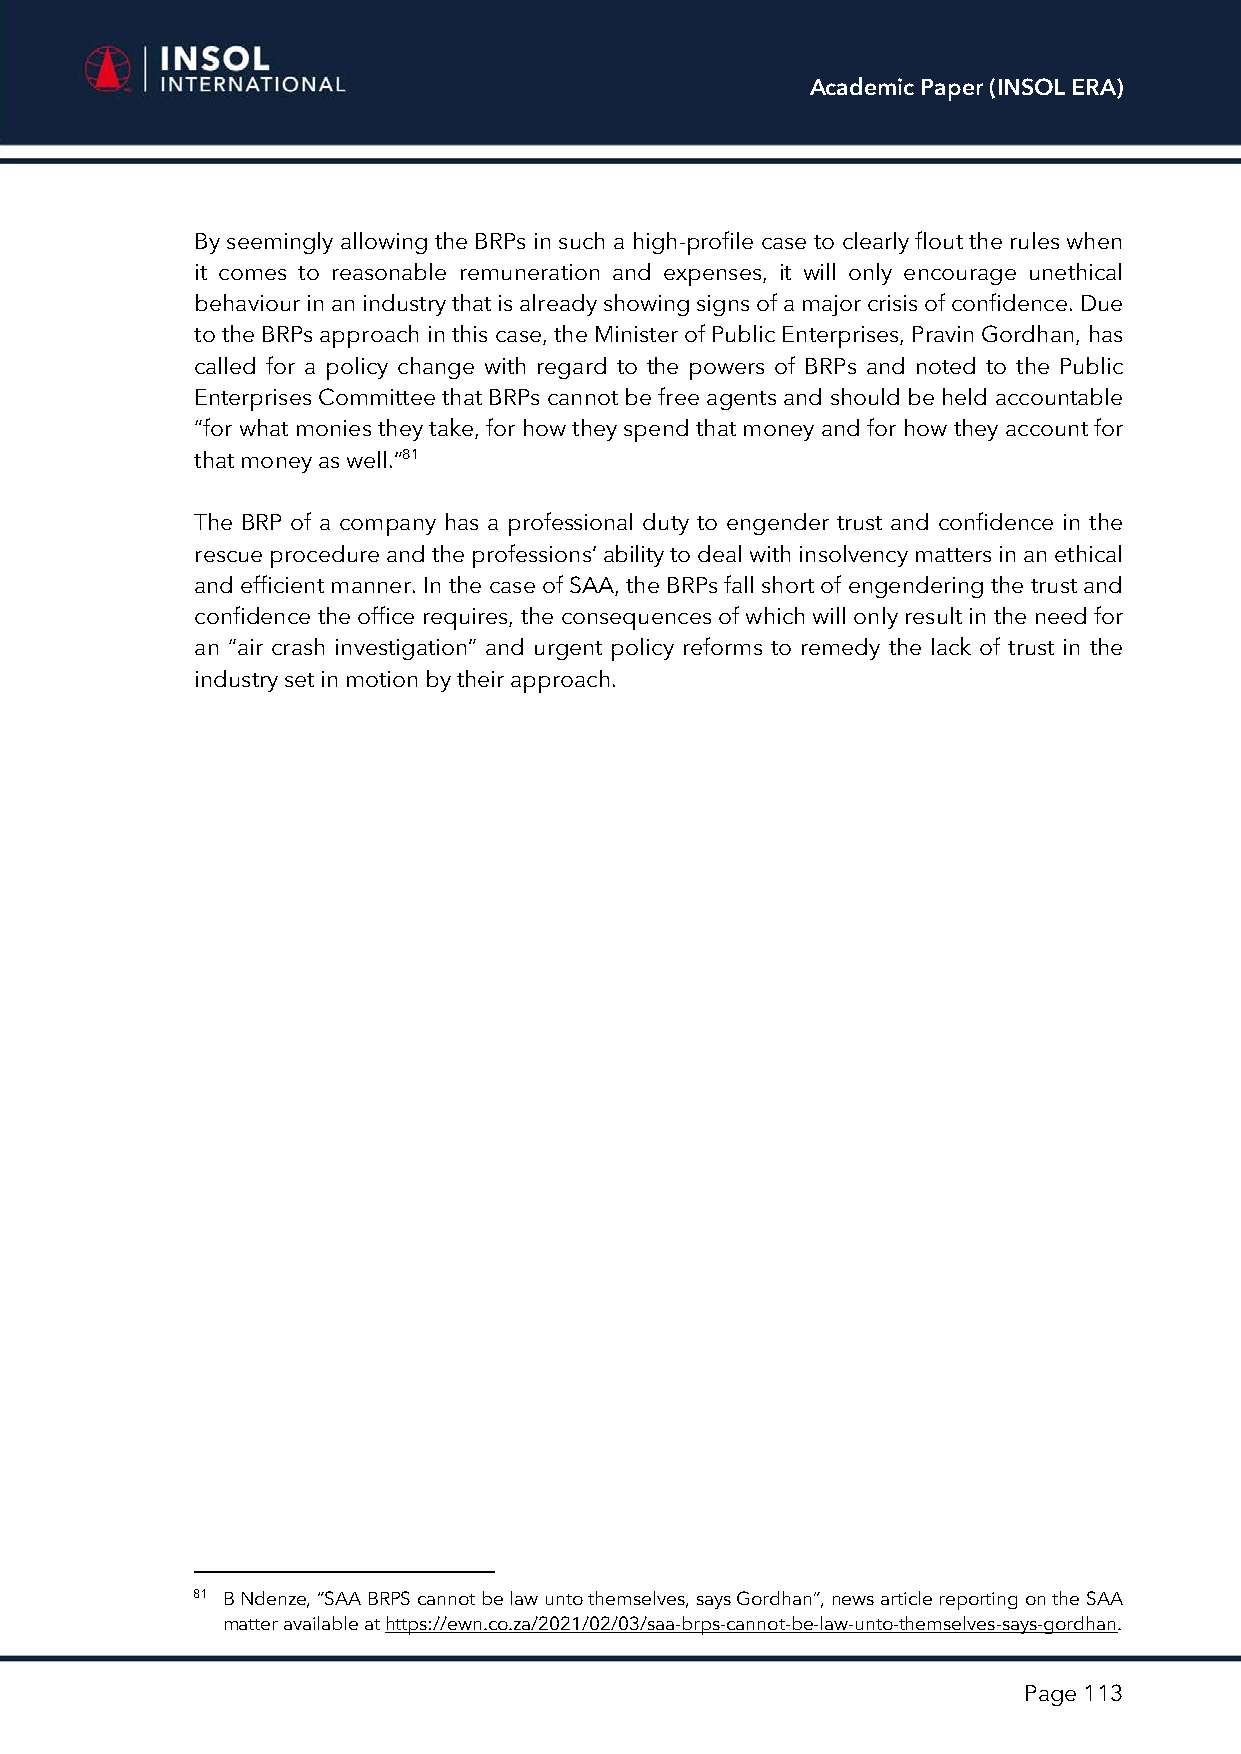
Academic Paper (INSOL ERA)
 By seemingly allowing the BRPs in such a high-profile case to clearly flout the rules when
 it comes to reasonable remuneration and expenses, it will only encourage unethical
 behaviour in an industry that is already showing signs of a major crisis of confidence. Due
 to the BRPs approach in this case, the Minister of Public Enterprises, Pravin Gordhan, has
 called for a policy change with regard to the powers of BRPs and noted to the Public
 Enterprises Committee that BRPs cannot be free agents and should be held accountable
 “for what monies they take, for how they spend that money and for how they account for
 that money as well.”81
 The BRP of a company has a professional duty to engender trust and confidence in the
 rescue procedure and the professions’ ability to deal with insolvency matters in an ethical
 and efficient manner. In the case of SAA, the BRPs fall short of engendering the trust and
 confidence the office requires, the consequences of which will only result in the need for
 an “air crash investigation” and urgent policy reforms to remedy the lack of trust in the
 industry set in motion by their approach.
 81 B Ndenze, “SAA BRPS cannot be law unto themselves, says Gordhan”, news article reporting on the SAA
 matter available at https://ewn.co.za/2021/02/03/saa-brps-cannot-be-law-unto-themselves-says-gordhan.
 Page 113